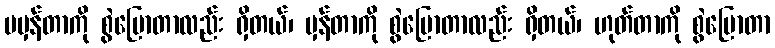
မမှန်တာကို စွဲပြောတာလည်း ရှိတယ်၊ မှန်တာကို စွဲပြောတာလည်း ရှိတယ်၊ ဟုတ်တာကို စွဲပြောတာ